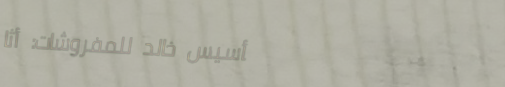
تأسيس خالد للمفروشات: أثا